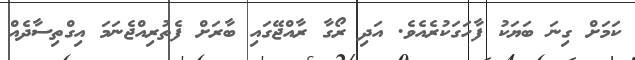
ކަމަށް ގިނަ ބަޔަކު ފާހަގަކުރެއެވެ. އަދި ރޯގާ ރާއްޖޭގައި ބާރަށް ފެތުރިއްޖެނަމަ އިގްތިސާދެއް